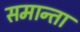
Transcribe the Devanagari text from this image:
समान्ता